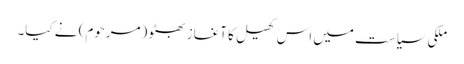
ملکی سیاست میں اس کھیل کا آغاز بھٹو (مرحوم) نے کیا۔